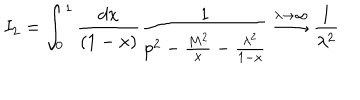
I _ { 2 } = \int _ { 0 } ^ { 1 } \frac { d x } { ( 1 - x ) } \frac { 1 } { p ^ { 2 } - \frac { M ^ { 2 } } { x } - \frac { \lambda ^ { 2 } } { 1 - x } } \stackrel { \lambda \rightarrow \infty } { \longrightarrow } \frac { 1 } { \lambda ^ { 2 } }